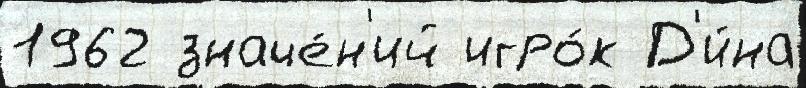
1962 значе́н'ий игро́к Д'и́на